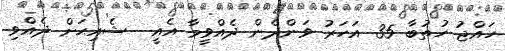
ހައްޖު ހުތުބާ 35 އަހަރު ވަންދެން ދެއްވީމާ އެއީ  ޝެއިޙަށް ދެއްވި